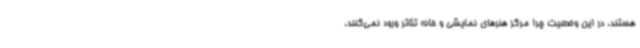
هستند. در این وضعیت چرا مرکز هنرهای نمایشی و خانه تئاتر ورود نمی‌کنند.